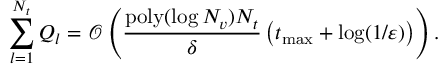
\sum _ { l = 1 } ^ { N _ { t } } Q _ { l } = \mathcal { O } \left( \frac { \mathrm { p o l y } ( \log N _ { v } ) N _ { t } } { \delta } \left( t _ { \operatorname* { m a x } } + \log ( 1 / \varepsilon ) \right) \right) .